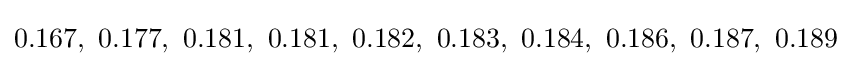
0.167,\ 0.177,\ 0.181,\ 0.181,\ 0.182,\ 0.183,\ 0.184,\ 0.186,\ 0.187,\ 0.189